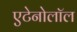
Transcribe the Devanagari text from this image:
एटेनोलॉल